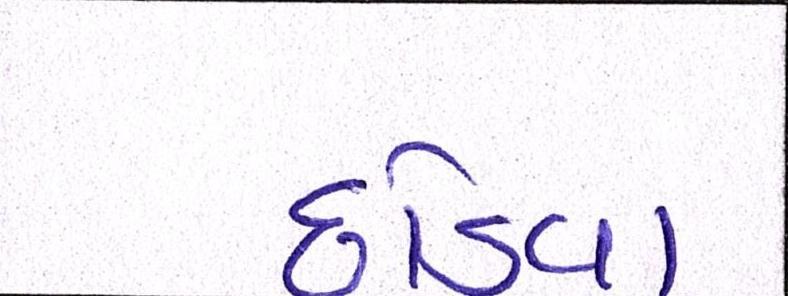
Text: છોડવા